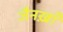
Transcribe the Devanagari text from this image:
जैनख़ाँ